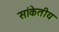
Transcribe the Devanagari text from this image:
सांकेतीय